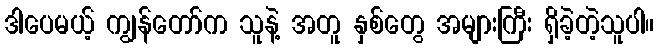
ဒါပေမယ့် ကျွန်တော်က သူနဲ့ အတူ နှစ်တွေ အများကြီး ရှိခဲ့တဲ့သူပါ။